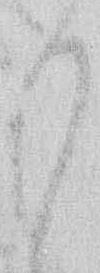
り